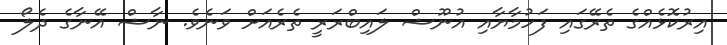
އިރުކޮޅެއްގެ ތެރޭގައި ފަހުމާޔާއި އުނޫޝް ލައިބްރަރީ ތެރެއަށް ވަނެވެ. ނާޝް އޭނާގެ ދެލޯ